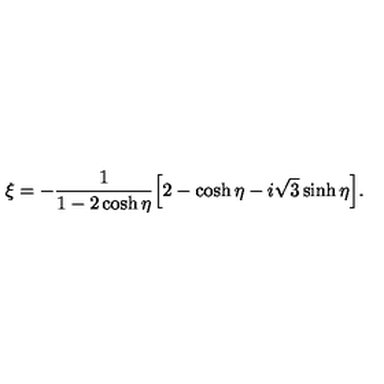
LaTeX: \xi = - \frac { 1 } { 1 - 2 \cosh \eta } \Bigl [ 2 - \cosh \eta - i \sqrt { 3 } \sinh \eta \Bigr ] .